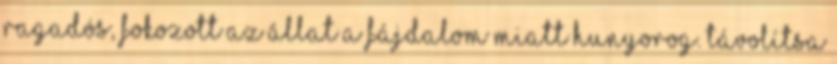
ragadós, fokozott az állat a fájdalom miatt hunyorog. Távolítsa